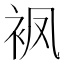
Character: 𧘺